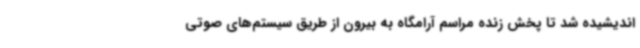
اندیشیده شد تا پخش زنده مراسم آرامگاه به بیرون از طریق سیستم‌های صوتی